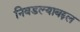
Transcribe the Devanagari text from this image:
निवडल्याबद्दल